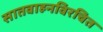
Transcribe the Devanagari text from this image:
सातवाहनविरचित